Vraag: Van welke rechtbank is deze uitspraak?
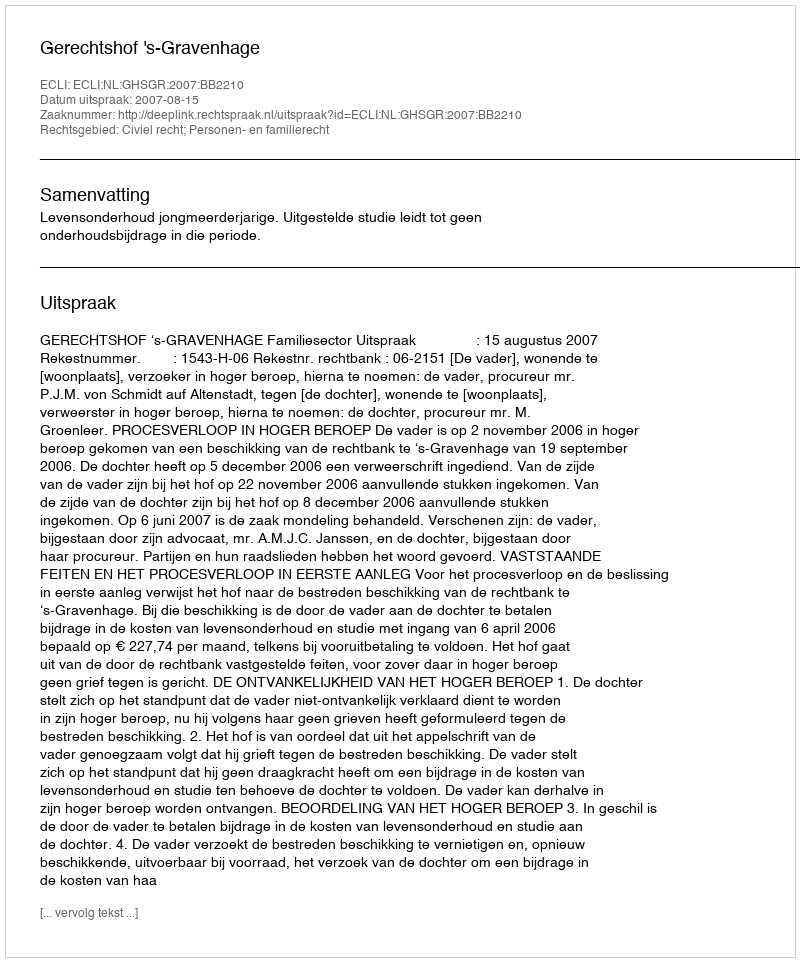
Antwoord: Gerechtshof 's-Gravenhage